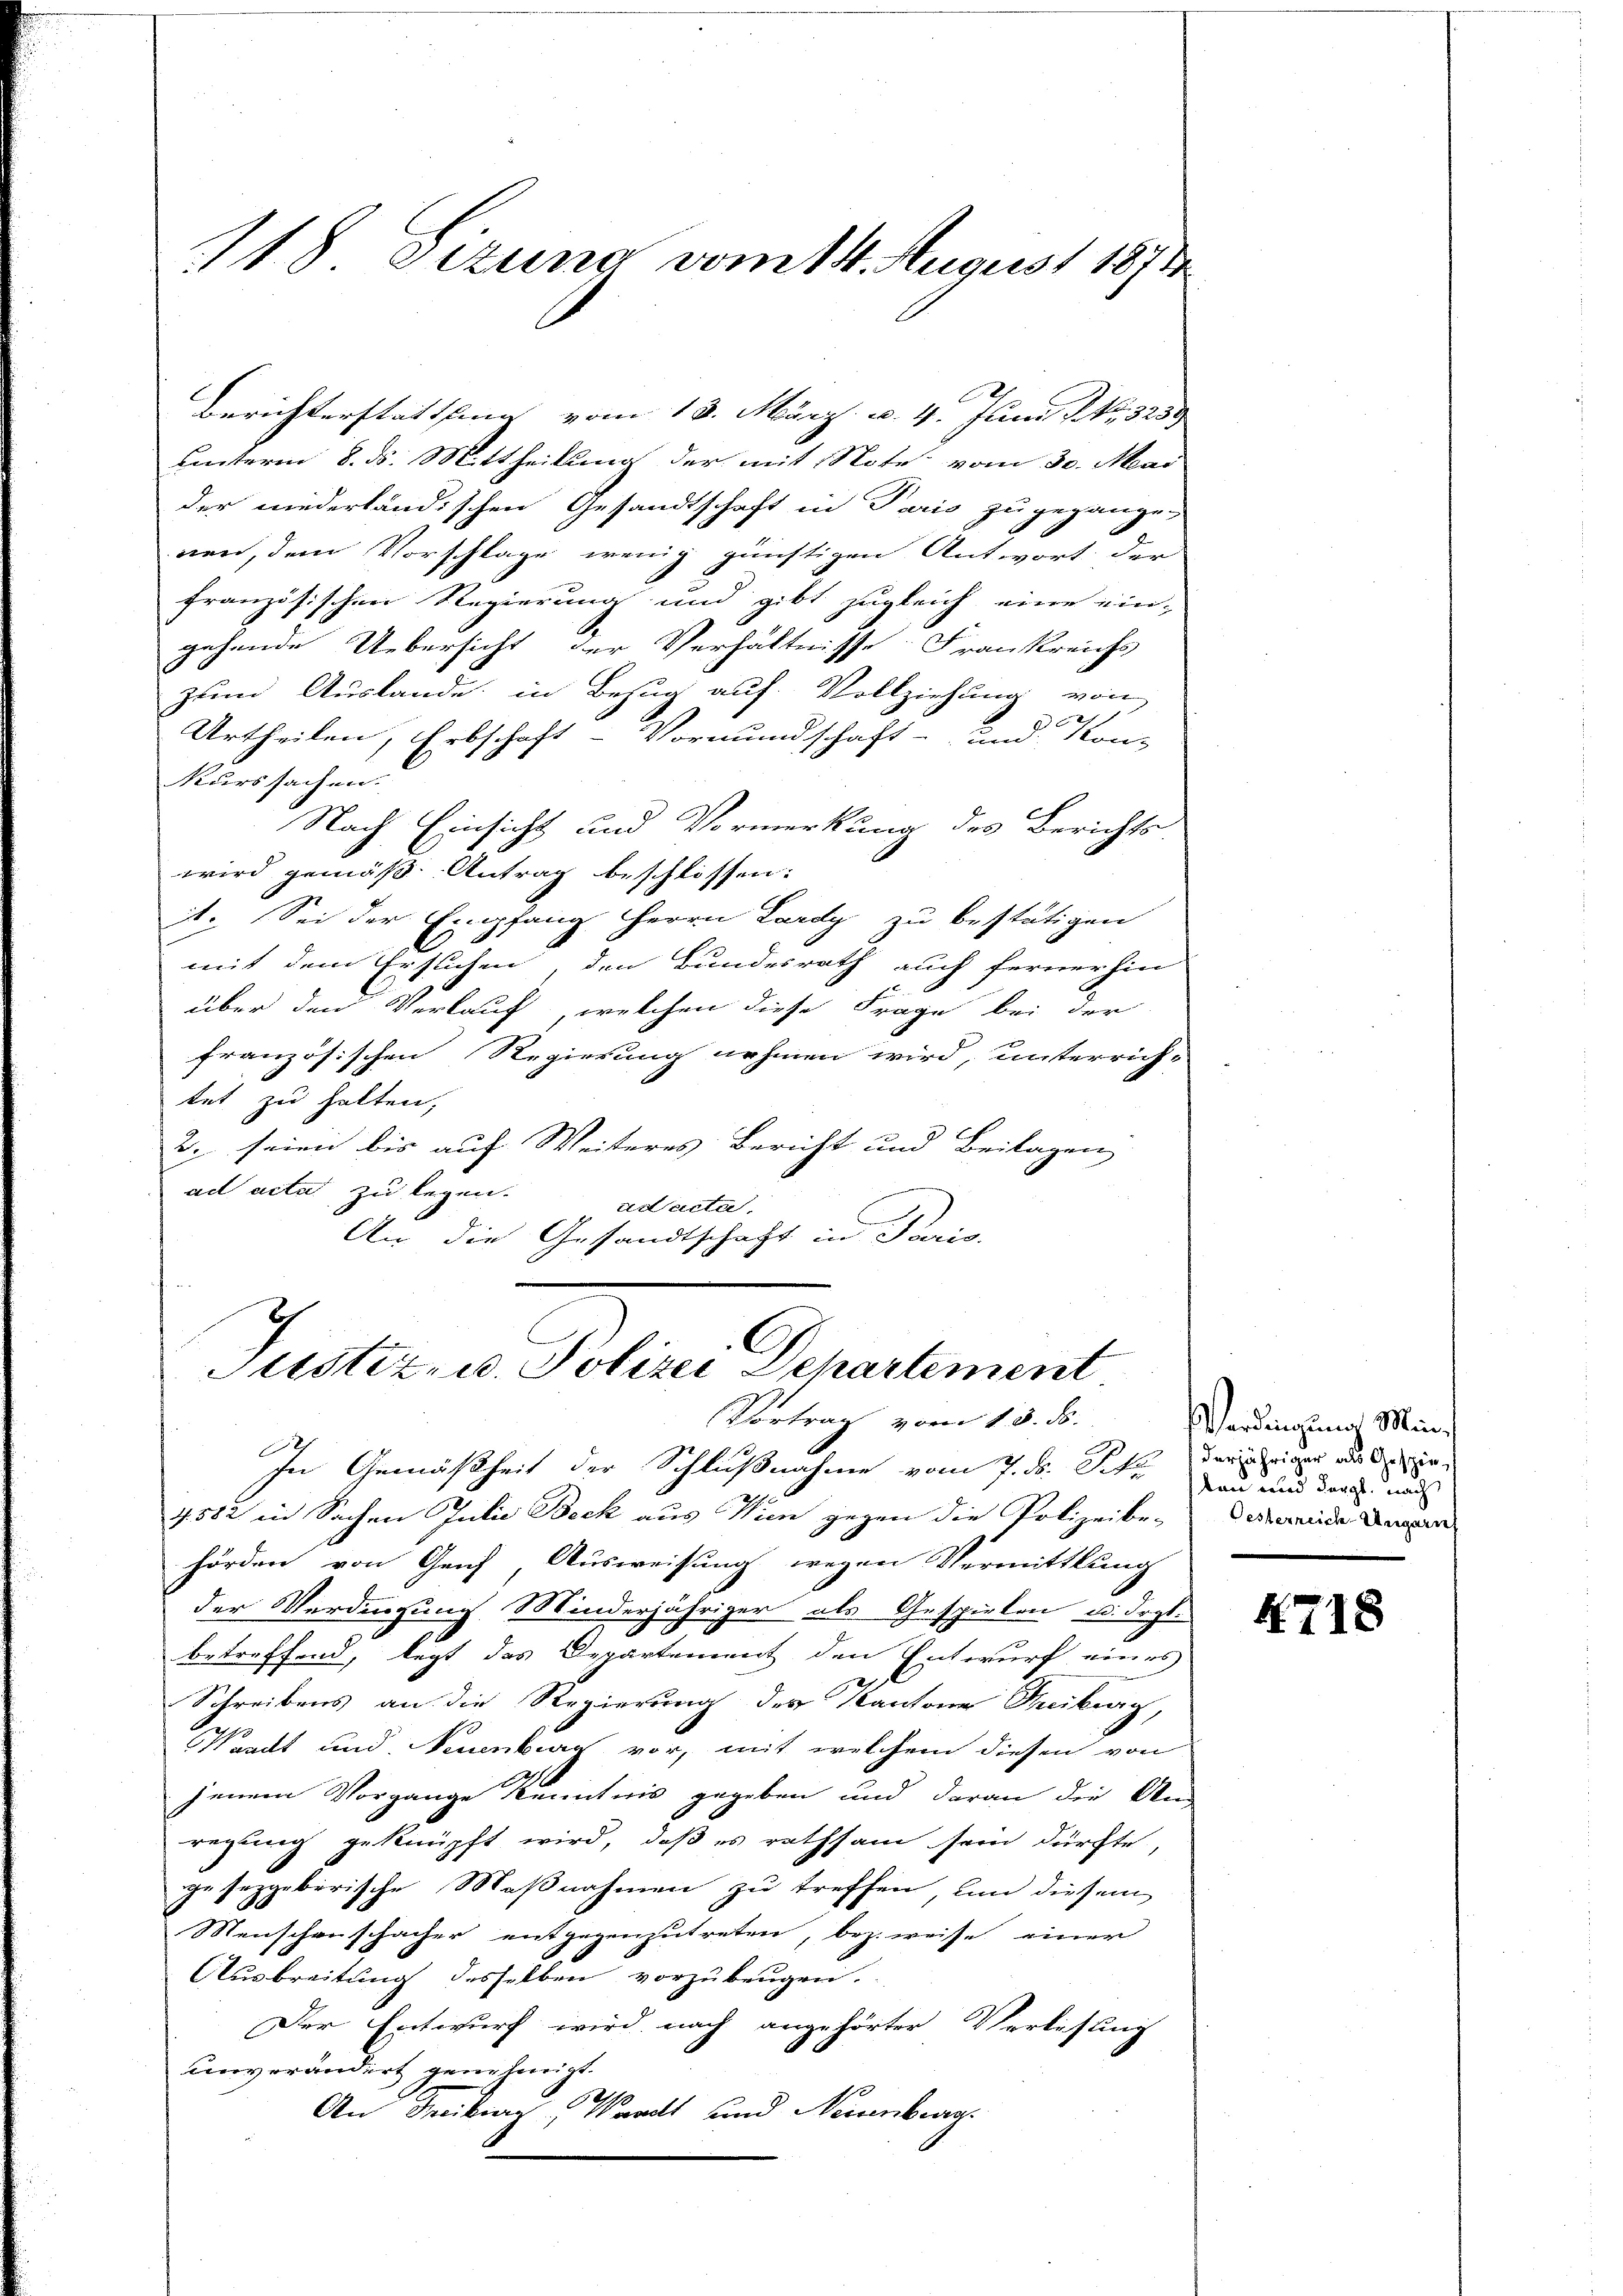
118 sizung vom 14. August 1871

Berichterstattung vom 13. März v. 4. Juni l. No. 3259
Hinterm 8. ds. Mittheilung der mit Note vom 30. Mai
der niederländischen Gesandtschaft in Paris zu gegangen
nen, dem Vorschlage wenig günstigen Antwort der
französischen Regierung und gibt zugleich eine ein-
gehende Uebersicht der Verhältnisse: Frankreichs
zum Auslande, in Bezug auf Vollziehung von
Urtheilen, Erbschaft - Vormundschaft- und Konz
kurssachen.
Nach Einsicht und Vormerkung des Berichts-
wird gemäß Antrag beschlossen:
11. Sei der Empfang. Herrn Lardy zu bestätigen
mit dem Erstichen, den Bundesrath auch fernerhin
über den Verlauf welchen diese Frage bei der
framösischen Regierung nehmen wird, unterrich-
tet zu halten,
2. seien bis auf Weiteres Bericht und Beilagen
.
ad acta zu legen.
ad acta
An die Gesandtschaft in Paris.

C
Sistiz- u. Polizei Departement
Vortrag vom 13. ds.

In Gemäßheit der Schlußnahme vom 7. ds. Sehr der iniger aus ein
1582 in Sachen Julii Beck aus Wien gegen die Polizeibe-
hörden von Geich, Ausweisung wegen Vermittlung
der Verdingung Minderjähriger als Gespielen u. drgl.
betreffend, legt das Departement den Entwurf eines
Schreibens an die Regierung des Kantone Treiburg,
Waadt und Neuenburg vor, mit welchem diesen von
jenem Vorgange Kenntnis gegeben und daran die An-
regung geknüpft wird, daß es rathsam sein dürfte,
gesezgeberische Maßnahmen zu treffen, um diesem
Menschenschacher entgegenzŭtreten, bezweise einer
Ausbreitung desselben vorzubeugen.
Der Entwurf wird nach angehörter Verlesung
unverändert genehmigt.
d
An Freiburg, Waadt und Neuenburg

Verdingung Minkan und dergl. nach
Oesterreich-Ungern

4718